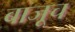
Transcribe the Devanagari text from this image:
बाजूच